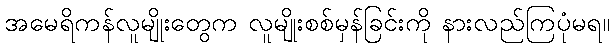
အမေရိကန်လူမျိုးတွေက လူမျိုးစစ်မှန်ခြင်းကို နားလည်ကြပုံမရ။